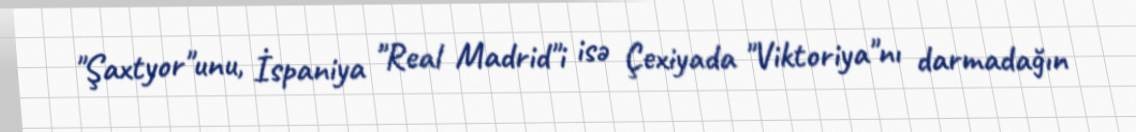
"Şaxtyor"unu, İspaniya "Real Madrid"i isə Çexiyada "Viktoriya"nı darmadağın